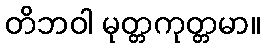
တိဘဝါ မုတ္တကုတ္တမာ။